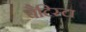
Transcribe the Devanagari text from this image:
बैटिस्टा